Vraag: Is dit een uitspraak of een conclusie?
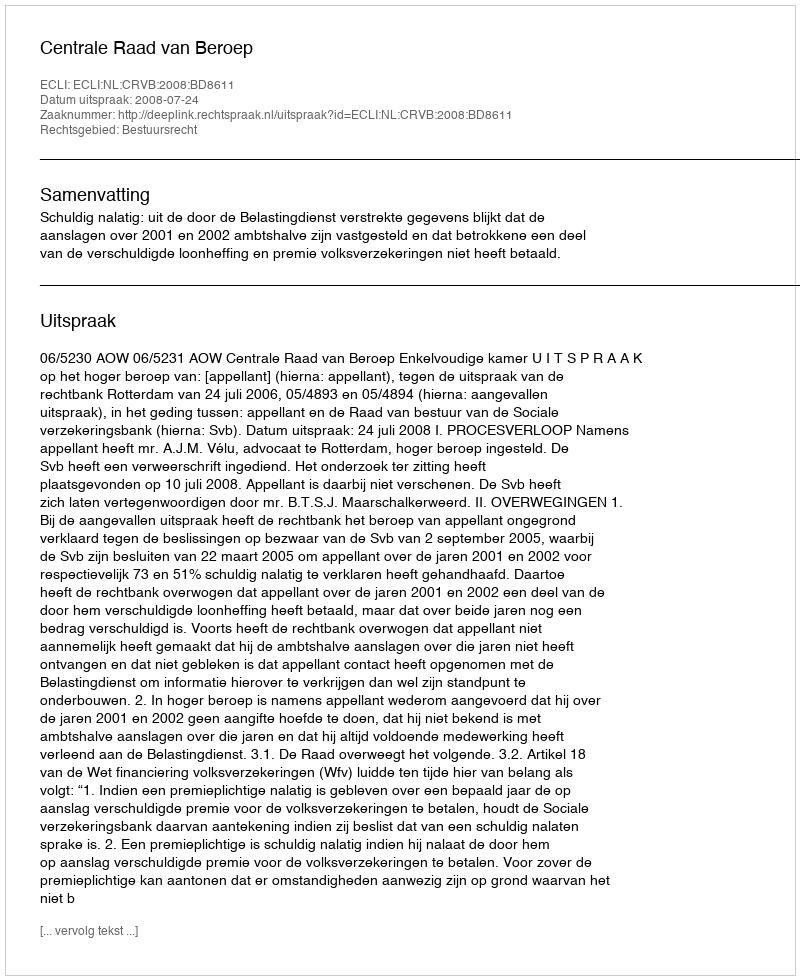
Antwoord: Uitspraak